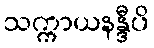
သက္ကာယနန္ဒီပိ